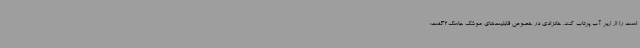
است را از زیر آب پرتاب کند. خانزادی در خصوص قابلیت‌های موشک جاسک2گفت: